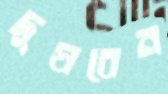
দুষবেন